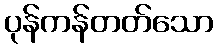
ပုန်ကန်တတ်သော